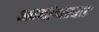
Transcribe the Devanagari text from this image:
अग्नीश्वरघाट